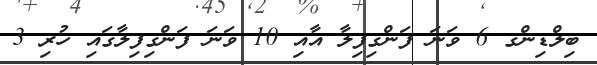
ބިލްޑިންގ 6 ވަނަ ފަންގިފިލާ އާއި 10 ވަނަ ފަންގިފިލާގައި ހުރި 3